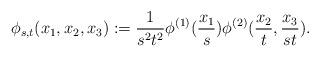
LaTeX: \begin{align*}\phi_{s,t}(x_1,x_2,x_3):={1\over s^2 t^2 }\phi^{(1)}({x_1\over s})\phi^{(2)}({x_2\over t},{x_3\over st}).\end{align*}